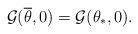
LaTeX: \begin{align*}{\cal G}(\overline{\theta},0)={\cal G}(\theta_{\ast},0).\end{align*}